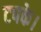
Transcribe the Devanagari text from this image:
टपके।